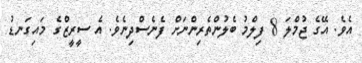
އެވެ. އޭގެ ޖުމްލަ 8 ފިލްމު ބެލުންތެރިންނަށް ފެނެސްދިނެވެ. އެ ސީރީޒްގެ މައިގަނޑު